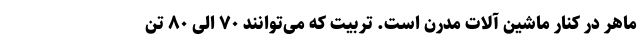
ماهر در کنار ماشین آلات مدرن است. تربیت که می‌توانند ۷۰ الی ۸۰ تن